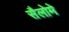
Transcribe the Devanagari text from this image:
सैलोमे